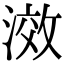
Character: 滧